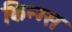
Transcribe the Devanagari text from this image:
किन्ग्स